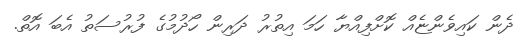
ދެން ކައިވެންޏެއް ކޮށްފިއްޔާ ހަމަ އިތުރު ދަރިން ހޯދުމުގެ ފުރުސަތު އެބަ އޮތް.